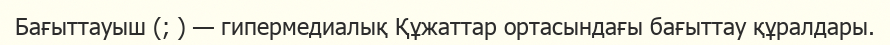
Бағыттауыш (; ) — гипермедиалық Құжаттар ортасындағы бағыттау құралдары.